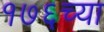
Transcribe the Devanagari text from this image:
१७६च्या